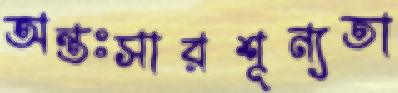
অন্তঃসারশূন্যতা